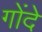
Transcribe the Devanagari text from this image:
गोंदे